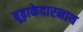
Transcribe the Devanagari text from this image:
बूढ़ाकेदारनाथ